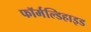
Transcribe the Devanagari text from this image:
फॉर्मल्डिहाइड